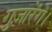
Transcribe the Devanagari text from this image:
गुज़ारेंगे।